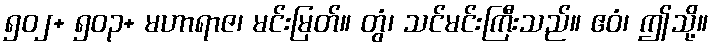
၅၀၂+ ၅၀၃+ မဟာရာဇ၊ မင်းမြတ်။ တွံ၊ သင်မင်းကြီးသည်။ ဧဝံ၊ ဤသို့။